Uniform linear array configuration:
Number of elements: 24
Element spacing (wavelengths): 0.75
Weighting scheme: uniform
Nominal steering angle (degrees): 45
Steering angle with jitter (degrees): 45.867
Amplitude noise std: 0.05
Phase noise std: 0.05

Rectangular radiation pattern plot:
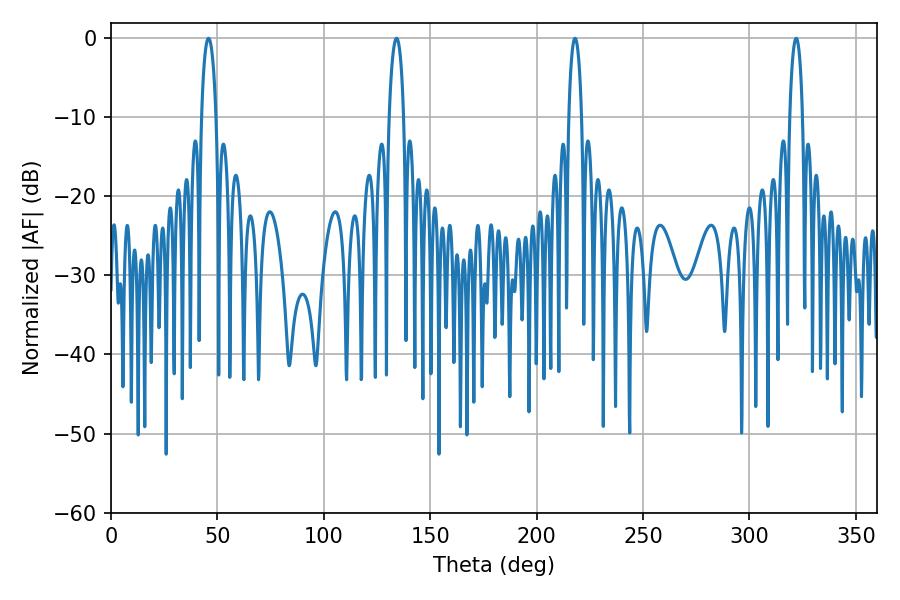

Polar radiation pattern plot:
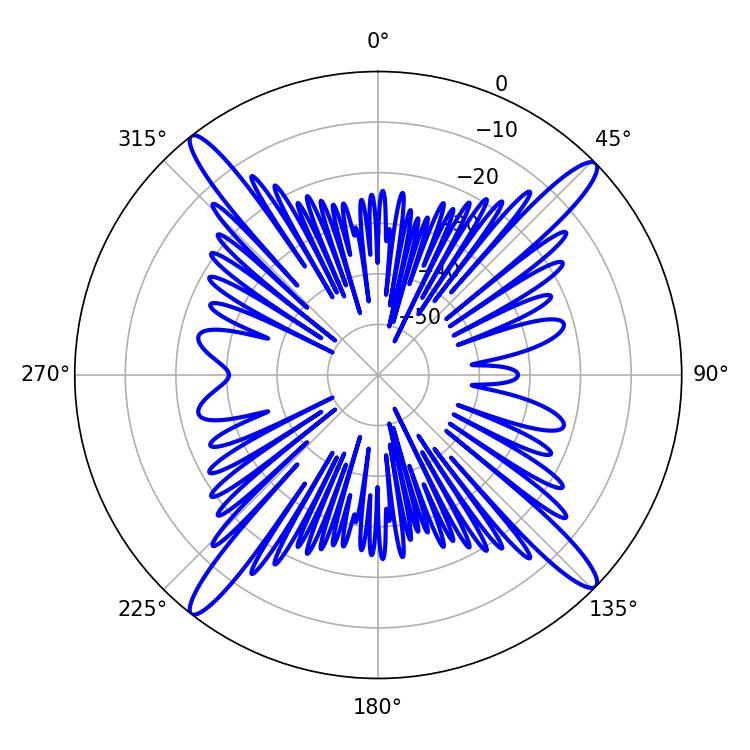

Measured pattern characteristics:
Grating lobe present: TRUE
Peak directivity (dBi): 18.866
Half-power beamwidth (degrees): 3.42
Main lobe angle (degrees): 217.98